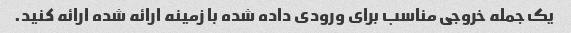
یک جمله خروجی مناسب برای ورودی داده شده با زمینه ارائه شده ارائه کنید.